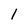
Character: 1